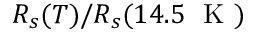
R _ { s } ( T ) / R _ { s } ( 1 4 . 5 ~ \mathrm { ~ K ~ } )